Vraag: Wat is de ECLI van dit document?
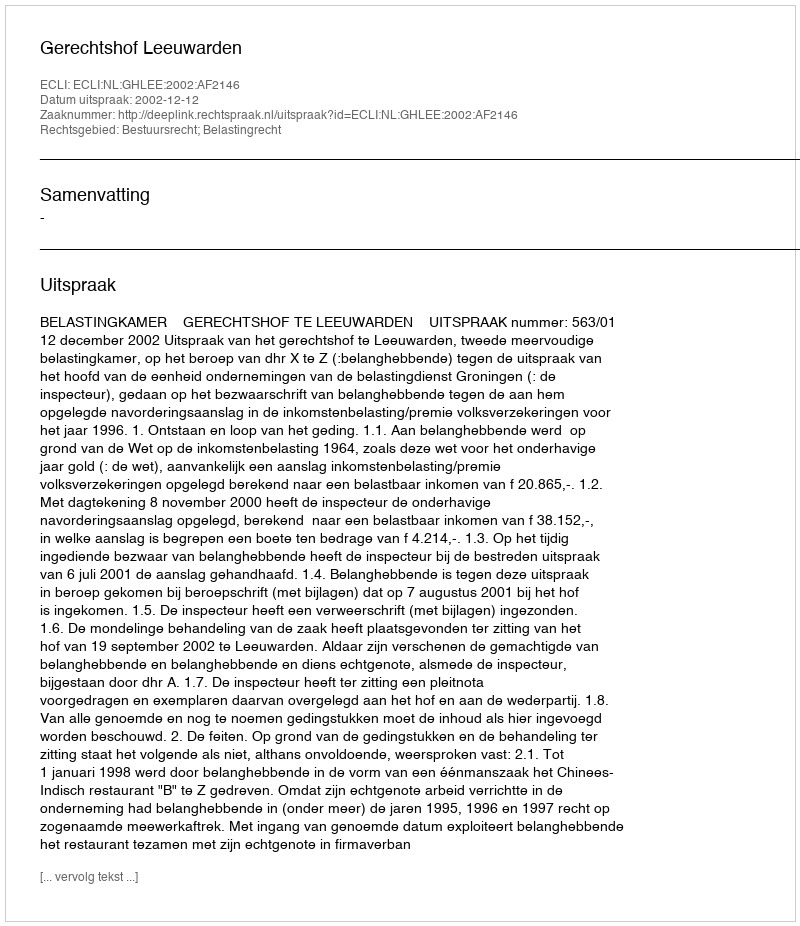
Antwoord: ECLI:NL:GHLEE:2002:AF2146